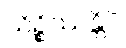
သိဉ္စိဿန္တိပိ